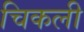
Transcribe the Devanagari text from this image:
चिकली